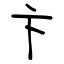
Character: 卞